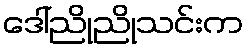
ဒေါ်ညိုညိုသင်းက